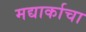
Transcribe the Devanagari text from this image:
मद्यार्काचा